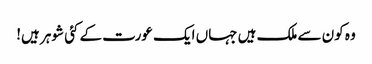
وہ کون سے ملک ہیں جہاں ایک عورت کے کئی شوہر ہیں!